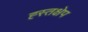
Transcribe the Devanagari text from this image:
ह्स्तक्षेप